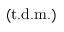
\mathrm { ( t . d . m . ) }